65_HS1-834228961_62-HQ-83894_Section_9
Agency: FBI
Page 246
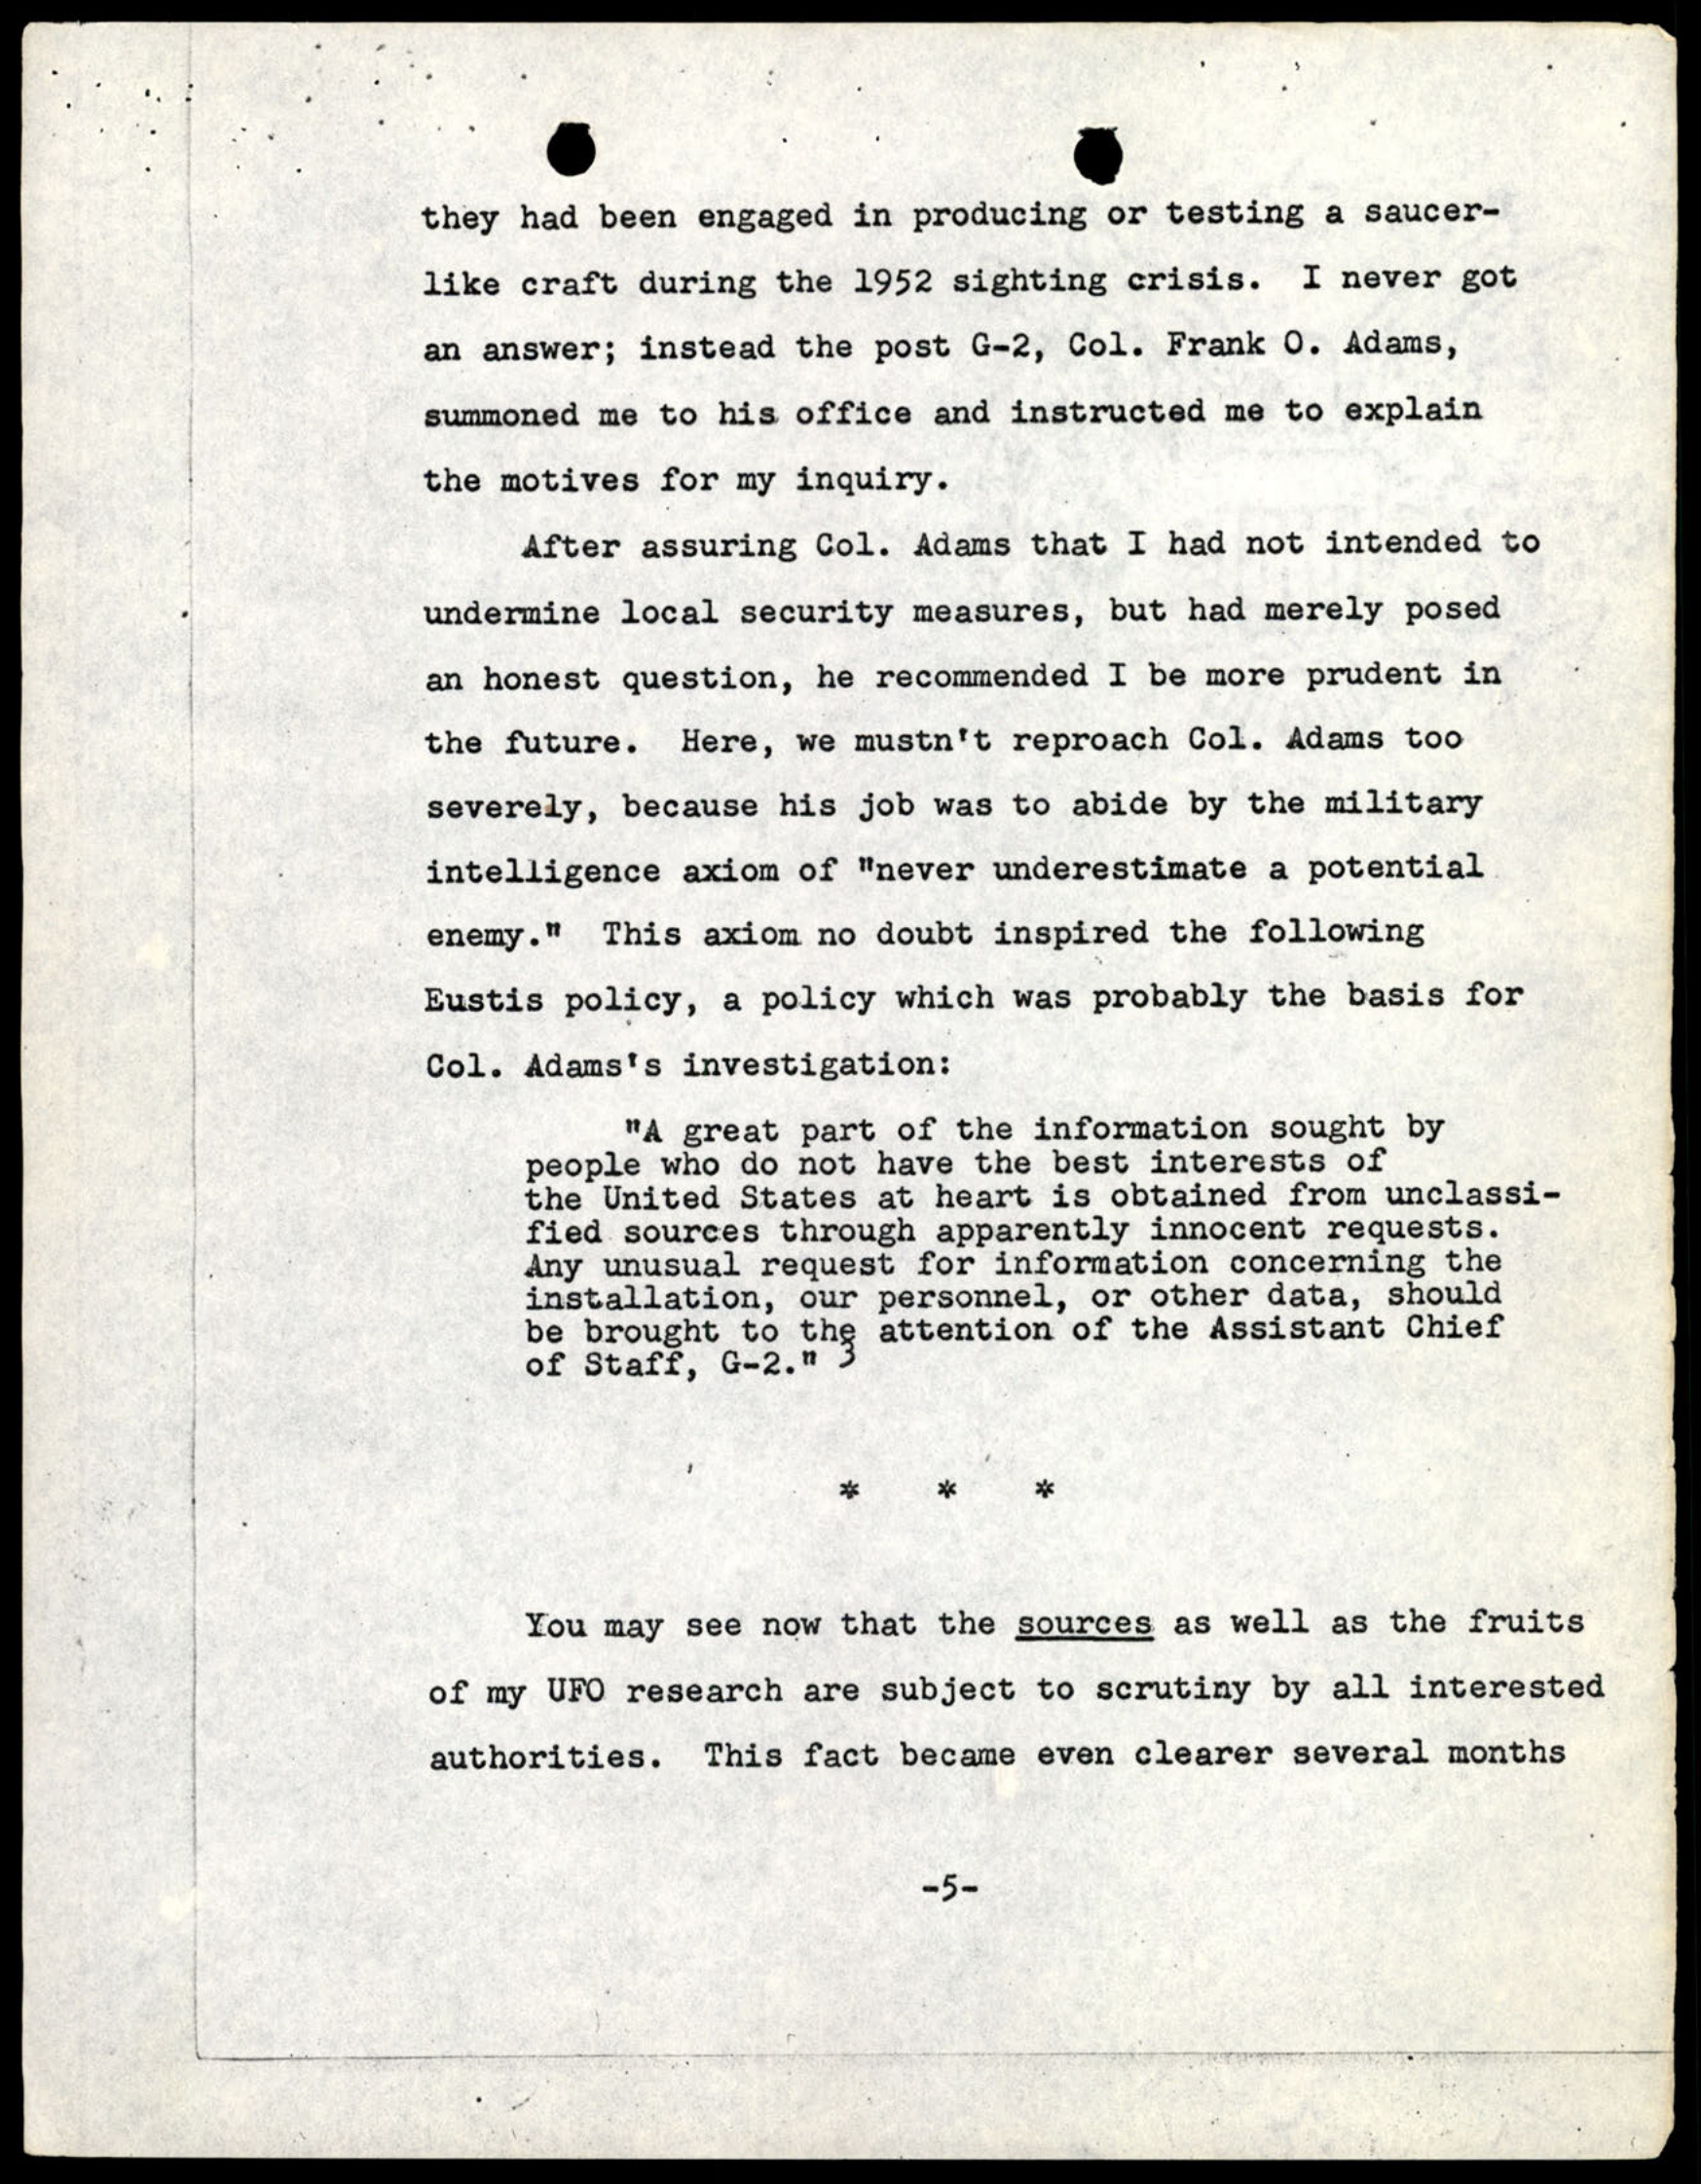